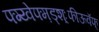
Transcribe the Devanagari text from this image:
फ्ग्य्वेफ्म़ड्श़़्ःफीऊवॅफ्